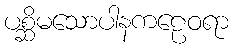
ပစ္ဆိမသောပါနကဠေဝရာ